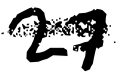
Text: 27
Cross-out: single-line
Writing tool: digital_black